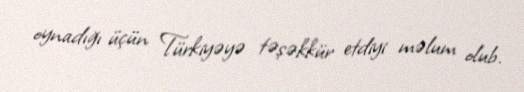
oynadığı üçün Türkiyəyə təşəkkür etdiyi məlum olub.